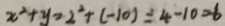
x ^ { 2 } + y = 2 ^ { 2 } + ( - 1 0 ) = 4 - 1 0 = 6